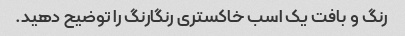
رنگ و بافت یک اسب خاکستری رنگارنگ را توضیح دهید.